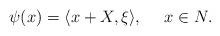
LaTeX: \begin{align*}\psi(x)=\langle x+X,\xi\rangle,\ \ \ \ x\in N.\end{align*}